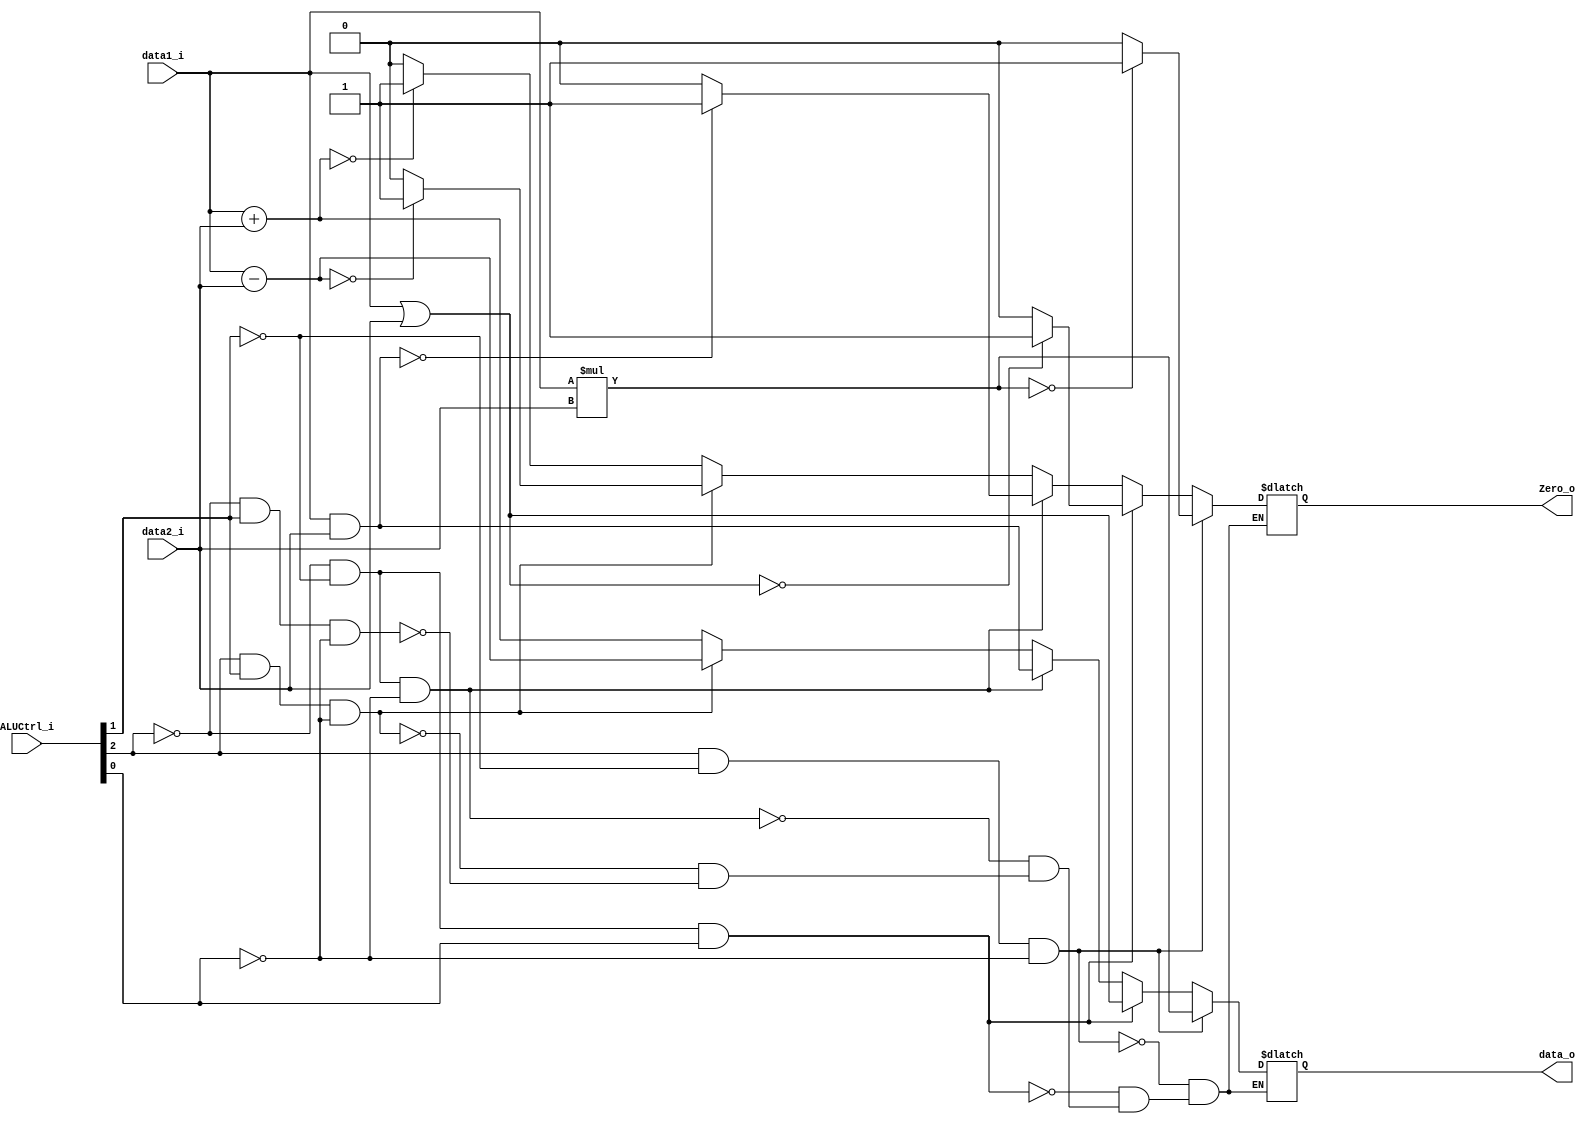
module ALU
(
 data1_i,
 data2_i,
 ALUCtrl_i,
 data_o,
 Zero_o
 );
   
   // Ports
   input [31:0]    data1_i;
   input [31:0]    data2_i;
   input [2:0] 	   ALUCtrl_i;
   output [31:0]   data_o;
   output          Zero_o;
 
   reg [31:0]      data_o;
   reg             Zero_o;

/*
assign data_o = (ALUCtrl_i == 3'b010) ? (data1_i + data2_i) :
		((ALUCtrl_i == 3'b110) ? (data1_i - data2_i) :
		 ((ALUCtrl_i == 3'b000) ? (data1_i & data2_i ) :
		  ((ALUCtrl_i == 3'b001) ? (data1_i | data2_i) :
		   (data1_i * data2_i))));
*/ 
    always @(data1_i or data2_i or ALUCtrl_i) begin
       // ALUCtrl = 010 add,lw,sw
       if( ~ALUCtrl_i[2] & ALUCtrl_i[1] & ~ALUCtrl_i[0] )
    	begin
    	   data_o = data1_i + data2_i;
    	   if( data_o == 32'b0 )
    	     begin
    		Zero_o = 1'b1;
    	     end
    	   else
    	     begin
    		Zero_o = 1'b0;
    	     end	   
    	end
       // ALUCtrl = 110 sub,beq
       if( ALUCtrl_i[2] & ALUCtrl_i[1] & ~ALUCtrl_i[0] )
    	begin
    	   data_o = data1_i - data2_i;
    	   if( data_o == 32'b0 )
    	     begin
    		Zero_o = 1'b1;
    	     end
    	   else
    	     begin
    		Zero_o = 1'b0;
    	     end	   
    	end
       // ALUCtrl = 000 and

       if( ~ALUCtrl_i[2] & ~ALUCtrl_i[1] & ~ALUCtrl_i[0] )
    	begin
    	   data_o = data1_i & data2_i;
    	   if( data_o == 32'b0 )
    	     begin
    		Zero_o = 1'b1;
    	     end
    	   else
    	     begin
    		Zero_o = 1'b0;
    	     end	   
    	end

       // ALUCtrl = 001 or
       if( ~ALUCtrl_i[2] & ~ALUCtrl_i[1] & ALUCtrl_i[0] )
    	begin
    	   data_o = data1_i | data2_i;
    	   if( data_o == 32'b0 )
    	     begin
    		Zero_o = 1'b1;
    	     end
    	   else
    	     begin
    		Zero_o = 1'b0;
    	     end	   
    	end

       // ALUCtrl = 100 mul
    	  if( ALUCtrl_i[2] & ~ALUCtrl_i[1] & ~ALUCtrl_i[0] )
    	    begin
    	       data_o = data1_i * data2_i;
    	       if( data_o == 32'b0 )
    		 begin
    		    Zero_o = 1'b1;
    		 end
    	       else
    		 begin
    		    Zero_o = 1'b0;
    		 end	   
    	    end
    
    end
   
endmodule